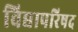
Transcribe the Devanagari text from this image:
विद्यापरिषद